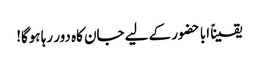
یقیناً ابا حضور کے لیے جان کاہ دور رہا ہوگا!